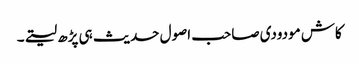
کاش مودودی صاحب اصول حدیث ہی پڑھ لیتے۔